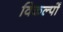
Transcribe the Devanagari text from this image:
विकल्‍पों